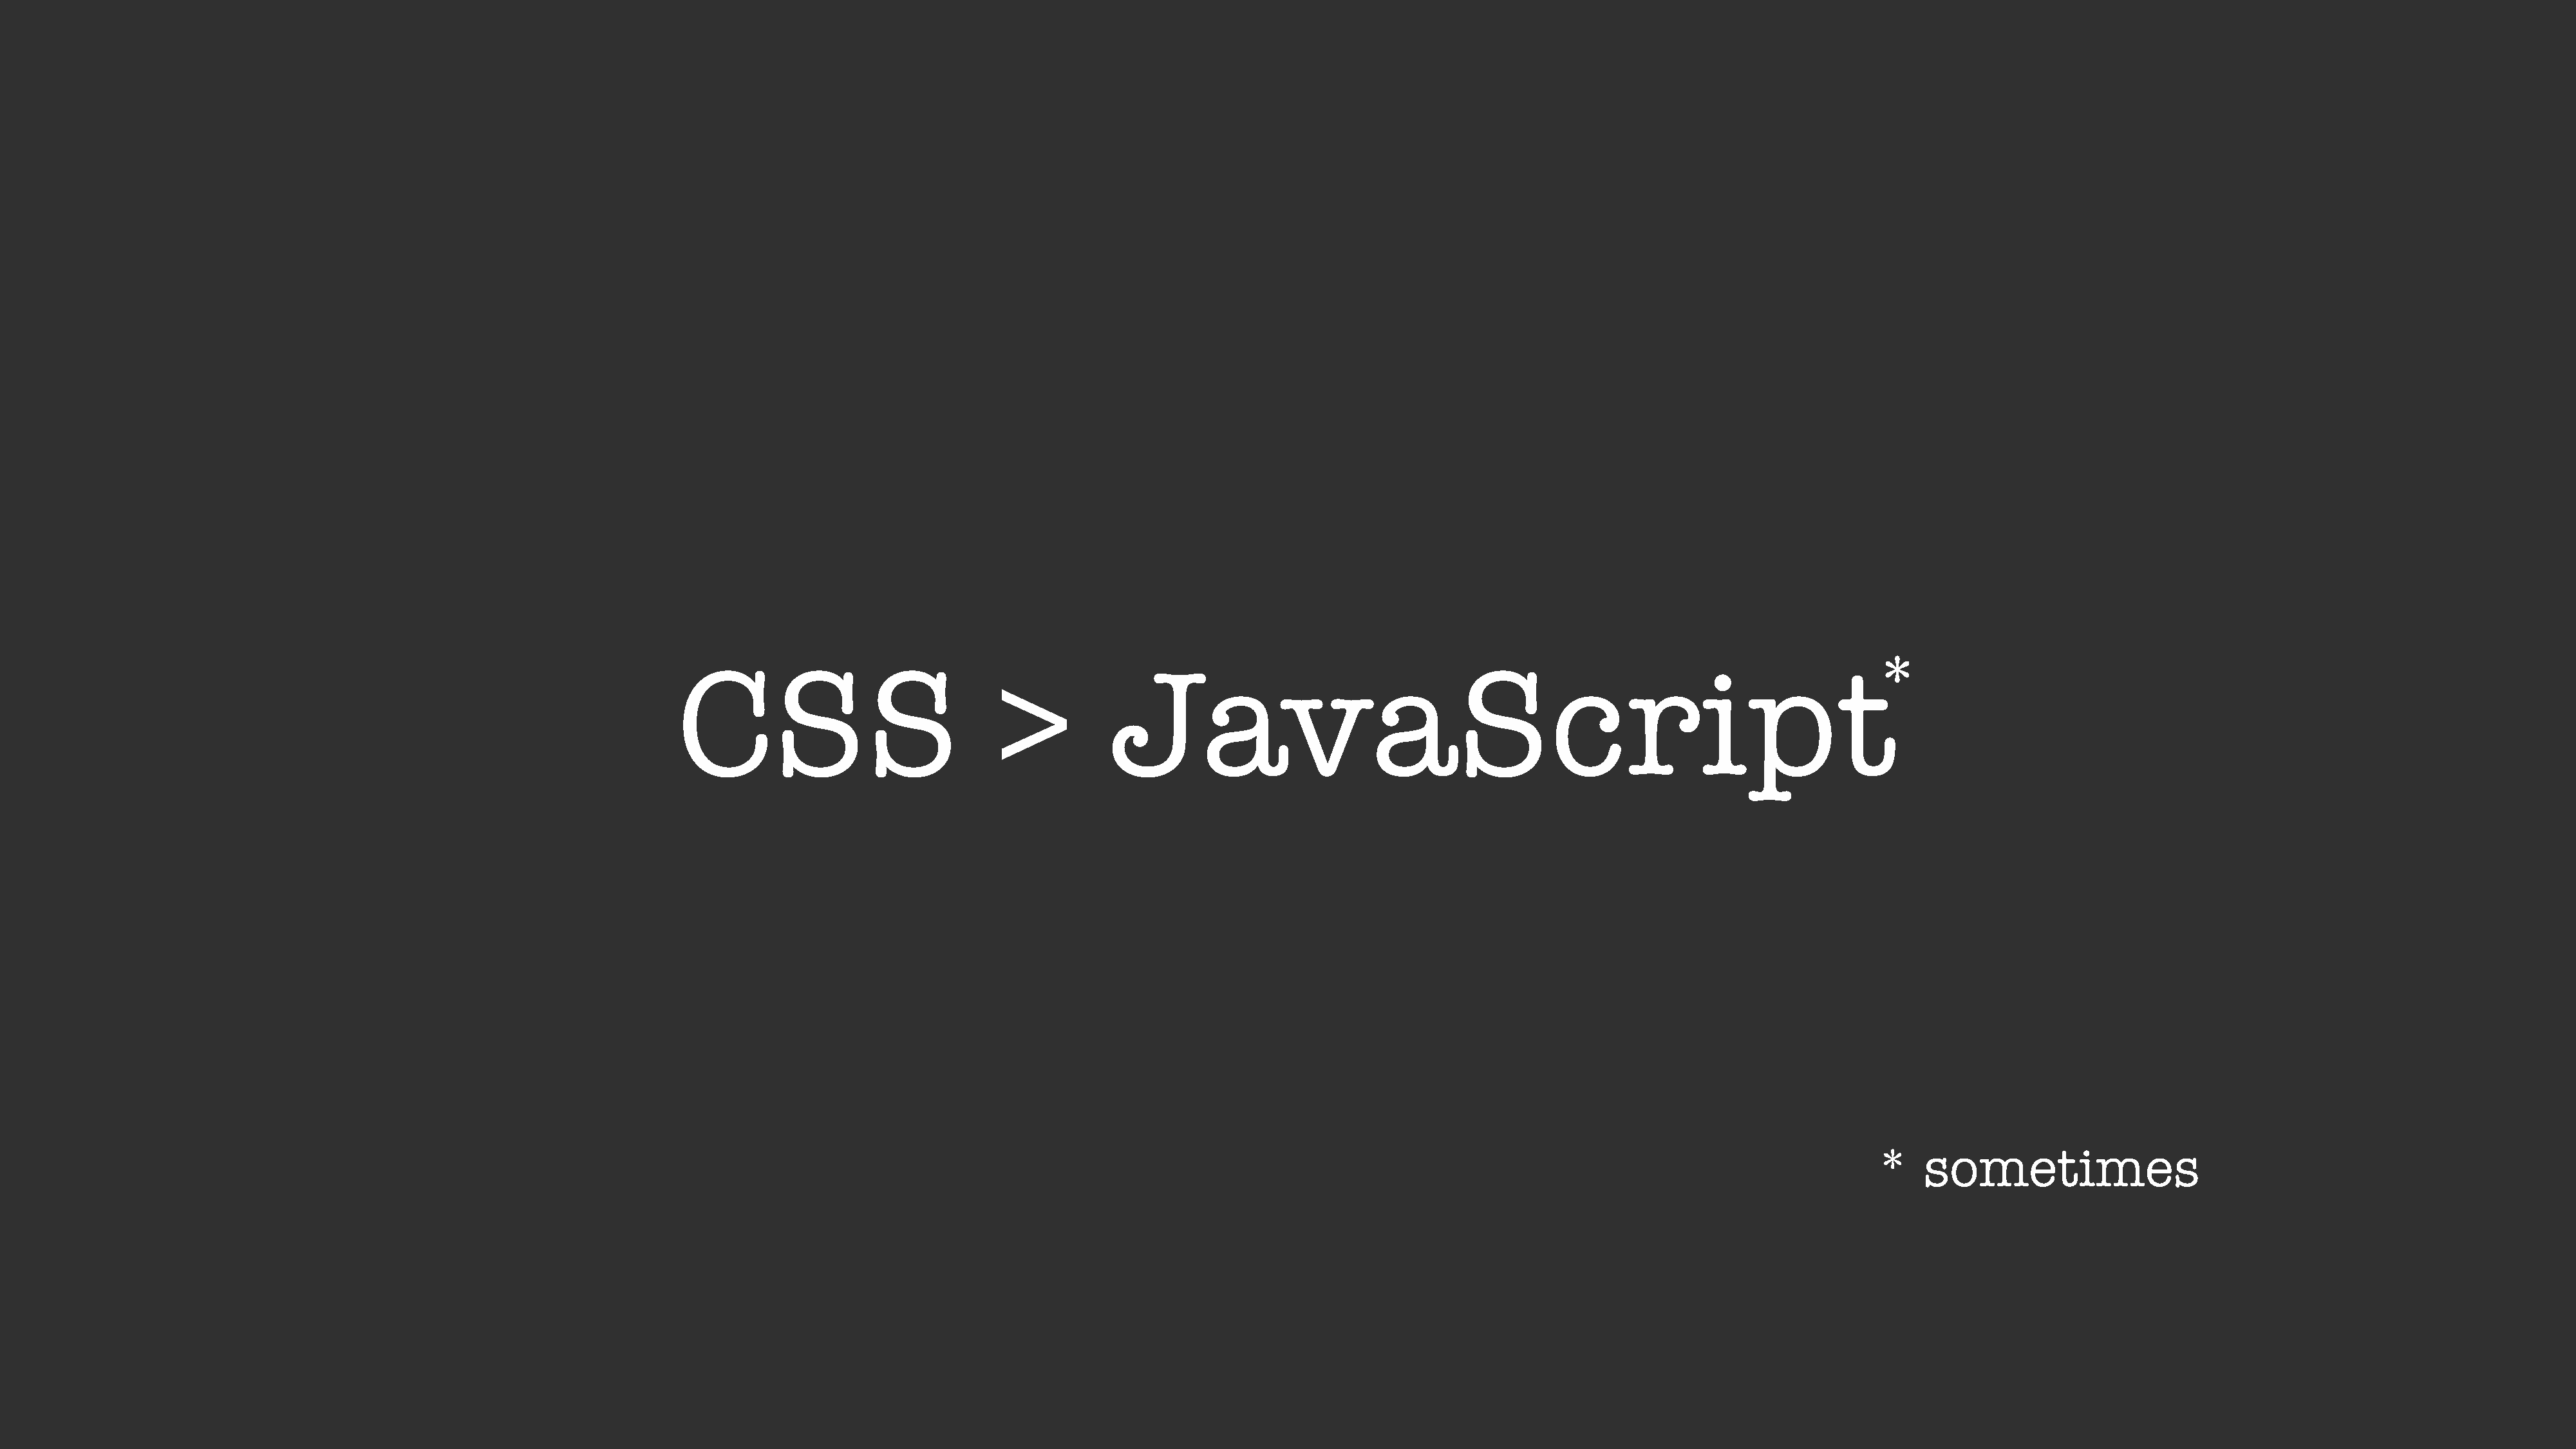
*
 CSS                             >           JavaScript
 *    sometimes